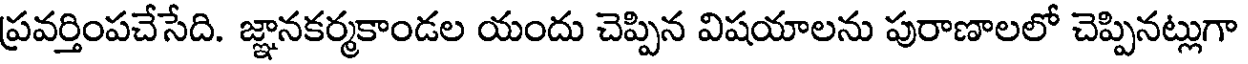
ప్రవర్తింపచేసేది. జ్ఞానకర్మకాండల యందు చెప్పిన విషయాలను పురాణాలలో చెప్పినట్లుగా